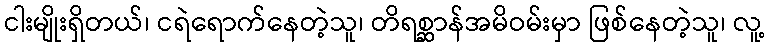
ငါးမျိုးရှိတယ်၊ ငရဲရောက်နေတဲ့သူ၊ တိရစ္ဆာန်အမိဝမ်းမှာ ဖြစ်နေတဲ့သူ၊ လူ့